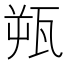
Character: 𬎫